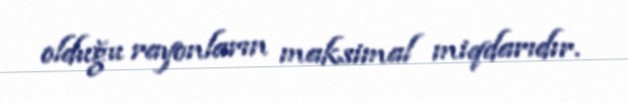
olduğu rayonların maksimal miqdarıdır.